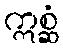
ဣစ္ဆံ